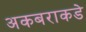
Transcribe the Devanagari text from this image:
अकबराकडे